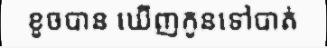
ខូចបាន ឃើញកូនទៅបាត់